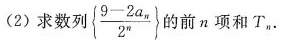
(2)求数列$$\left \{ \frac { 9 - 2 a _ { n } } { 2 ^ { n } } \right\ }$$ 的前n项和T_{n}.